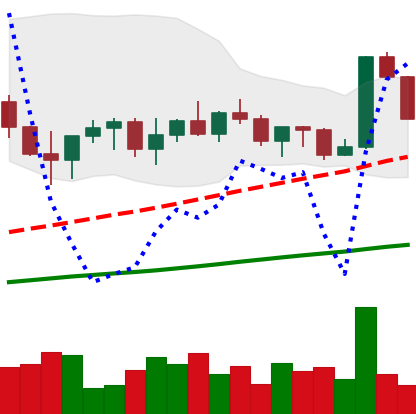
Ticker: XRP-USD
Chart end date: 2022-11-06
Forward return: -18.38%
Label: down_7plus